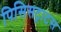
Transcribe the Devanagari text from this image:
पिसिसट्राटस